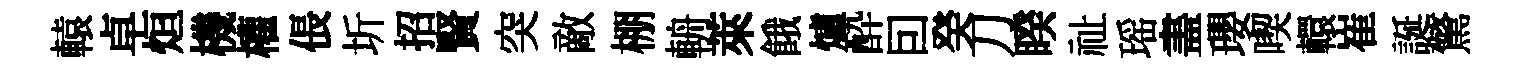
轅卓烜機權倀圻招賢突敵棚輈萊餓爐酔囙癸刀睽祉瑶𥁞瓔喫轘崔誕驚